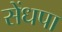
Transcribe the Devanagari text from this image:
सेंधपा